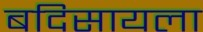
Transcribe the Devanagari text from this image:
बदिसायला